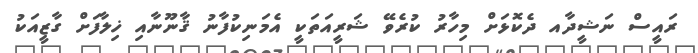
ރައީސް ނަޝީދާއ ދެކޮޅަށް މިހާރު ކުރެވޭ ޝަރީއަތަކީ އެމަނިކުފާނު ޤާނޫނާއި ޚިލާފަށް ގާޒީއަކު